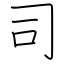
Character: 司